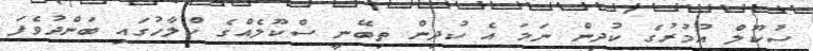
ސުކޫލް އުމުރުގެ ކުދިން ނަމަ އެ ކުދިން ތިބޭނީ ސްކޫލެއްގެ ކްލާހުގައި ބަންދުވެފަ